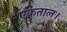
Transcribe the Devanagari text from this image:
एकताल।